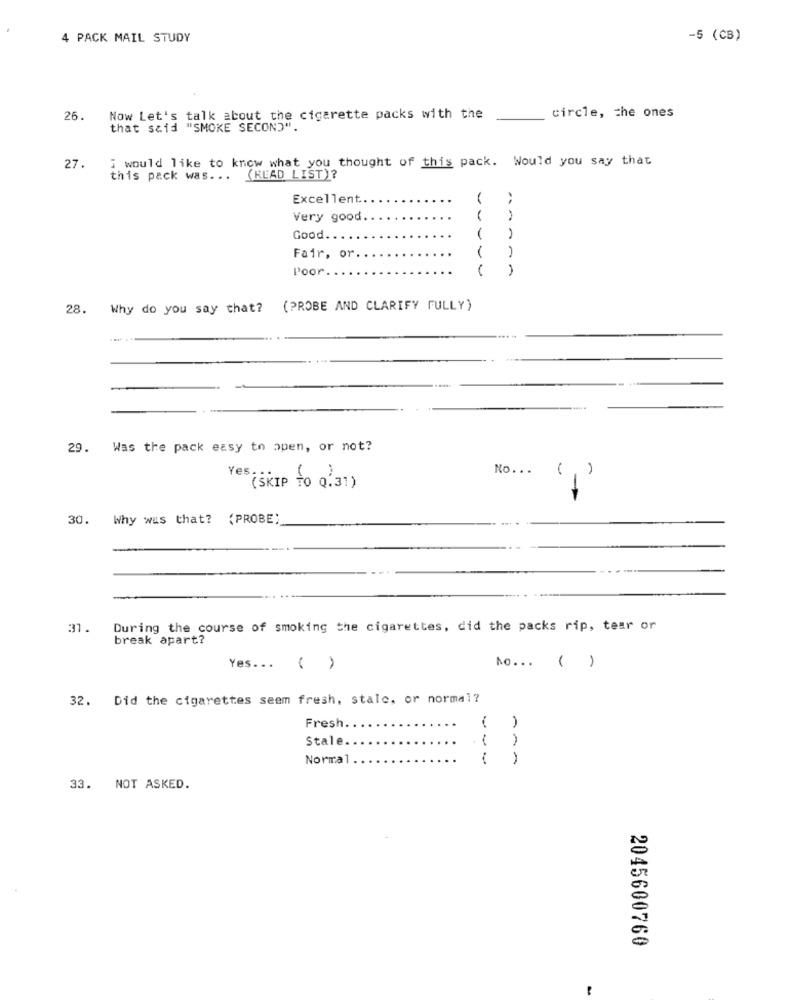
4 PACK MAIL STUDY
-5 (CB)
26.
Now Let's talk about the cigarette packs with the
_ circle, the ones
that said "SMOKE SECOND".
i would like to know what you thought of this pack. Would you say that
27.
this pack was ... (READ LIST)?
Excellent.
Very good
Good.
Fair, or.
Poor.
----
28. Why do you say that? (PROBE AND CLARIFY FULLY)
29. Was the pack easy to open, or not?
No ...
-
(SKIP TO 0.31)
30.
Why was that? (PROBE)
31.
During the course of smoking the cigarettes, did the packs rip, tear or
break apart?
No ... ( )
Yes ... ( )
32. Did the cigarettes seem fresh, stalc, or normal?
Fresh.
Stale.
.1
Normal
---
14-
33. NOT ASKED.
2045600760